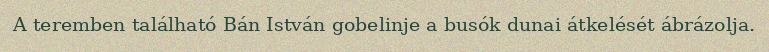
A teremben található Bán István gobelinje a busók dunai átkelését ábrázolja.